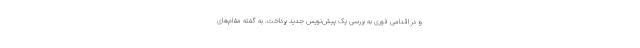
و در اقدامی فوری به بررسی یک پیش‌نویس جدید پرداخت. به گفته مقام‌های